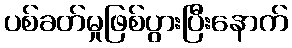
ပစ်ခတ်မှုဖြစ်ပွားပြီးနောက်